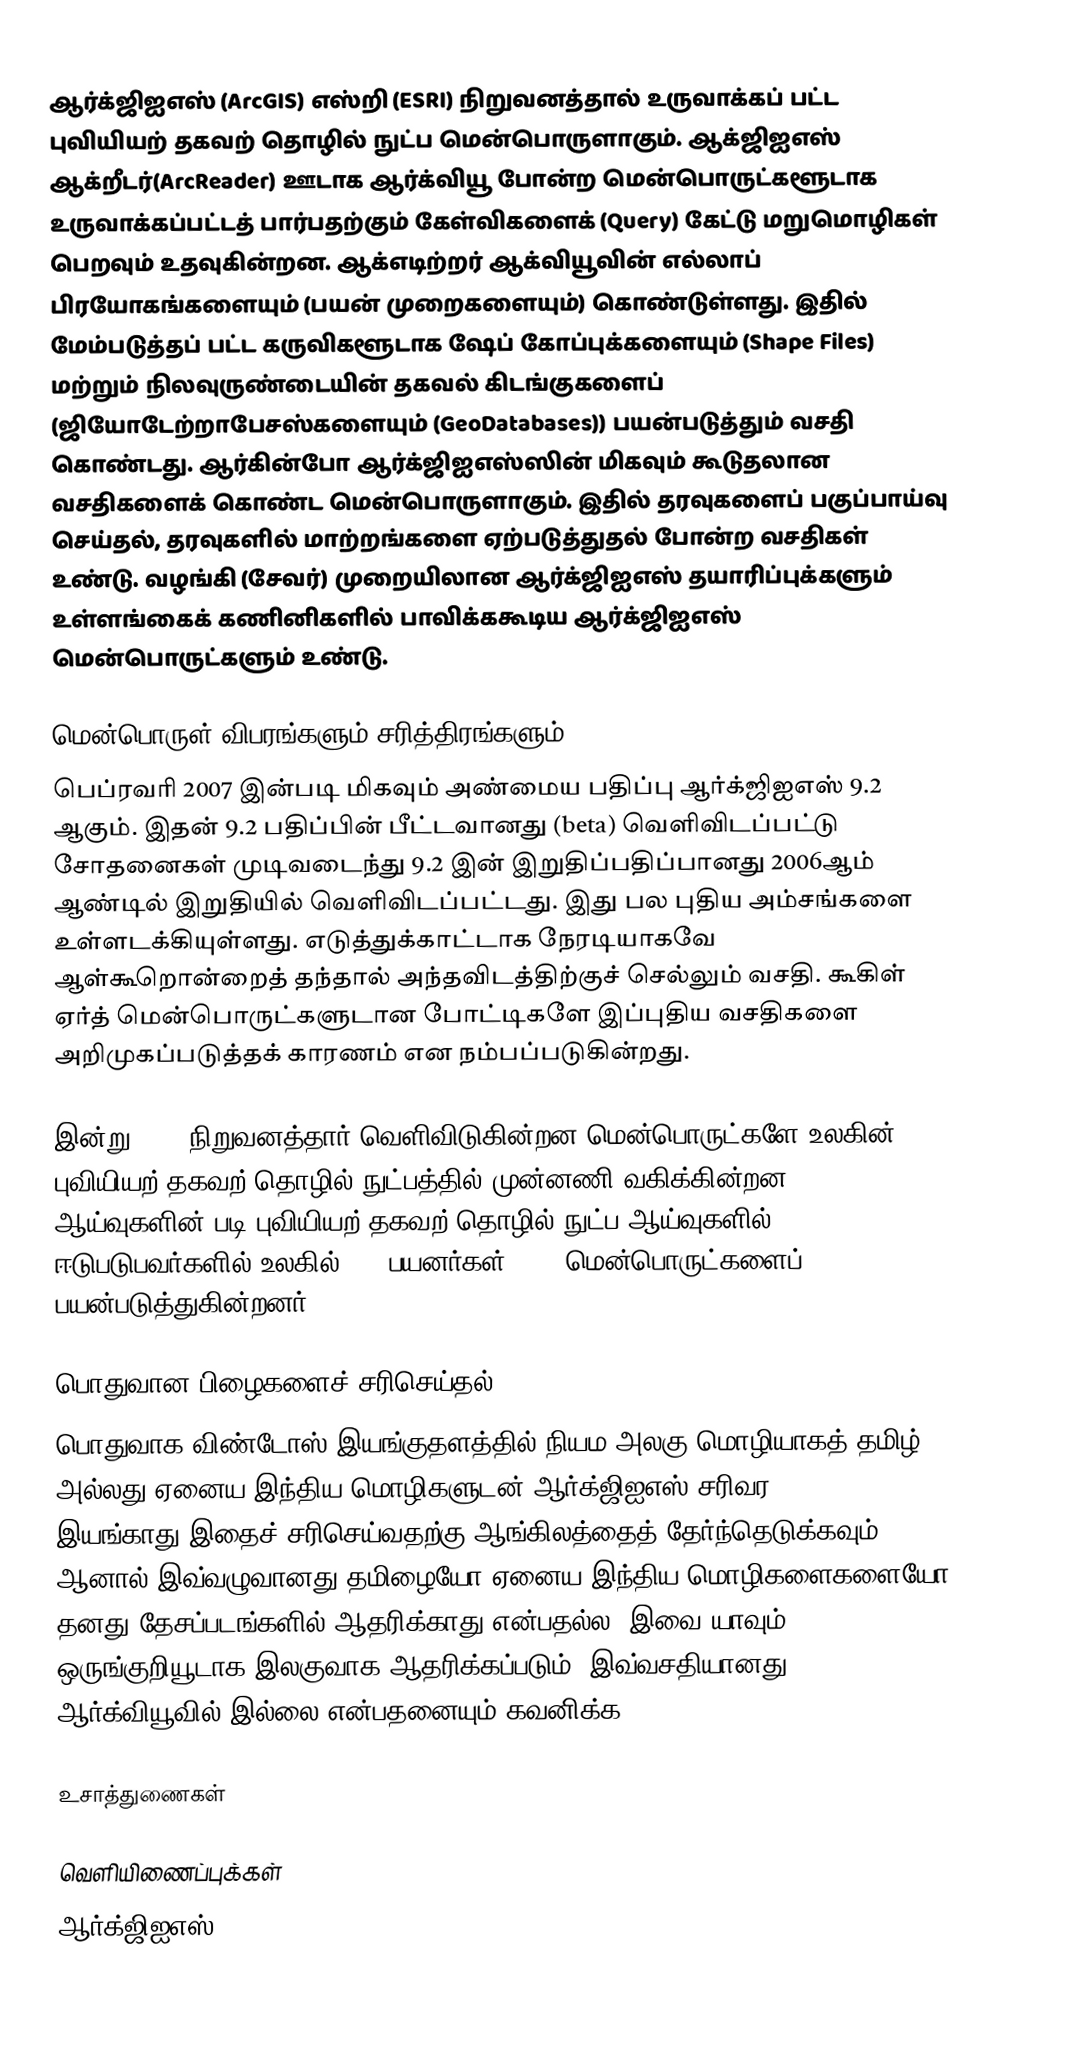
ஆர்க்ஜிஐஎஸ் (ArcGIS) எஸ்றி (ESRI) நிறுவனத்தால் உருவாக்கப் பட்ட புவியியற் தகவற் தொழில் நுட்ப மென்பொருளாகும். ஆக்ஜிஐஎஸ் ஆக்றீடர்(ArcReader) ஊடாக ஆர்க்வியூ போன்ற மென்பொருட்களூடாக உருவாக்கப்பட்டத் பார்பதற்கும் கேள்விகளைக் (Query) கேட்டு மறுமொழிகள் பெறவும் உதவுகின்றன. ஆக்எடிற்றர் ஆக்வியூவின் எல்லாப் பிரயோகங்களையும் (பயன் முறைகளையும்) கொண்டுள்ளது. இதில் மேம்படுத்தப் பட்ட கருவிகளூடாக ஷேப் கோப்புக்களையும் (Shape Files) மற்றும் நிலவுருண்டையின் தகவல் கிடங்குகளைப் (ஜியோடேற்றாபேசஸ்களையும் (GeoDatabases)) பயன்படுத்தும் வசதி கொண்டது. ஆர்கின்போ ஆர்க்ஜிஐஎஸ்ஸின் மிகவும் கூடுதலான வசதிகளைக் கொண்ட மென்பொருளாகும். இதில் தரவுகளைப் பகுப்பாய்வு செய்தல், தரவுகளில் மாற்றங்களை ஏற்படுத்துதல் போன்ற வசதிகள் உண்டு. வழங்கி (சேவர்) முறையிலான ஆர்க்ஜிஐஎஸ் தயாரிப்புக்களும் உள்ளங்கைக் கணினிகளில் பாவிக்ககூடிய ஆர்க்ஜிஐஎஸ் மென்பொருட்களும் உண்டு.

மென்பொருள் விபரங்களும் சரித்திரங்களும்
பெப்ரவரி 2007 இன்படி மிகவும் அண்மைய பதிப்பு ஆர்க்ஜிஐஎஸ் 9.2 ஆகும். இதன் 9.2 பதிப்பின் பீட்டவானது (beta) வெளிவிடப்பட்டு சோதனைகள் முடிவடைந்து 9.2 இன் இறுதிப்பதிப்பானது 2006ஆம் ஆண்டில் இறுதியில் வெளிவிடப்பட்டது. இது பல புதிய அம்சங்களை உள்ளடக்கியுள்ளது. எடுத்துக்காட்டாக நேரடியாகவே ஆள்கூறொன்றைத் தந்தால் அந்தவிடத்திற்குச் செல்லும் வசதி. கூகிள் ஏர்த் மென்பொருட்களுடான போட்டிகளே இப்புதிய வசதிகளை அறிமுகப்படுத்தக் காரணம் என நம்பப்படுகின்றது.

இன்று ESRI நிறுவனத்தார் வெளிவிடுகின்றன மென்பொருட்களே உலகின் புவியியற் தகவற் தொழில் நுட்பத்தில் முன்னணி வகிக்கின்றன. ஆய்வுகளின் படி புவியியற் தகவற் தொழில் நுட்ப ஆய்வுகளில் ஈடுபடுபவர்களில் உலகில் 77% பயனர்கள் ESRI மென்பொருட்களைப் பயன்படுத்துகின்றனர்

பொதுவான பிழைகளைச் சரிசெய்தல்
பொதுவாக விண்டோஸ் இயங்குதளத்தில் நியம அலகு மொழியாகத் தமிழ் அல்லது ஏனைய இந்திய மொழிகளுடன் ஆர்க்ஜிஐஎஸ் சரிவர இயங்காது.இதைச் சரிசெய்வதற்கு ஆங்கிலத்தைத் தேர்ந்தெடுக்கவும் . ஆனால் இவ்வழுவானது தமிழையோ ஏனைய இந்திய மொழிகளைகளையோ தனது தேசப்படங்களில் ஆதரிக்காது என்பதல்ல. இவை யாவும் ஒருங்குறியூடாக இலகுவாக ஆதரிக்கப்படும். இவ்வசதியானது ஆர்க்வியூவில் இல்லை என்பதனையும் கவனிக்க.

உசாத்துணைகள்

வெளியிணைப்புக்கள்
 ஆர்க்ஜிஐஎஸ் - ESRI
 ESRI Ar